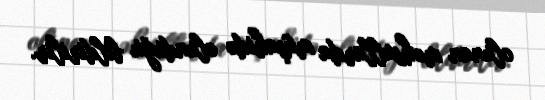
olunan məhsullarda müşahidə olunduğu bildirilir.